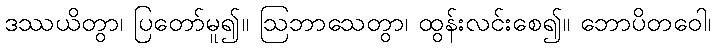
ဒဿယိတွာ၊ ပြတော်မူ၍။ ဩဘာသေတွာ၊ ထွန်းလင်းစေ၍။ ဘောပိတဝေါ၊